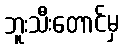
ဘူးသီးတောင်မှ